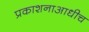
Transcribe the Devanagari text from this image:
प्रकाशनाआधीच